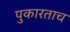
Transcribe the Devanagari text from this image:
पुकारताच